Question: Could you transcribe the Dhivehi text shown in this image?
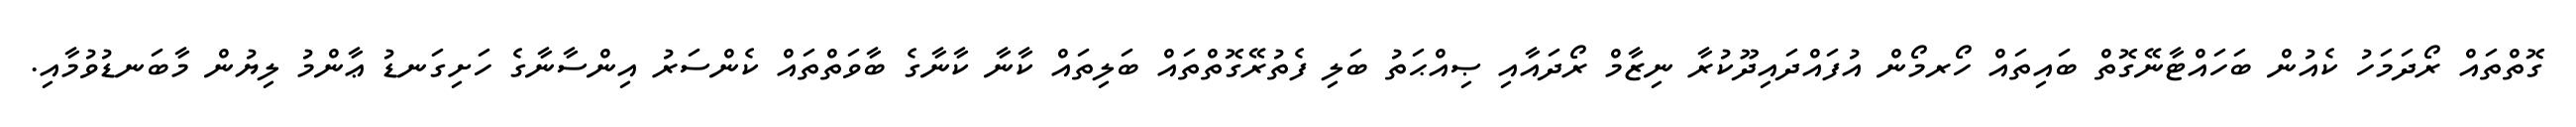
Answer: ގޮތްތައް ރޯދަމަހު ކެއުން ބަހައްޓާނޭގޮތް ބައިތައް ހޯރމޯން އުފައްދައިދޫކުރާ ނިޒާމް ރޯދައާއި ޞިއްޙަތު ބަލި ފެތުރޭގޮތްތައް ބަލިތައް ކާނާ ކާނާގެ ބާވަތްތައް ކެންސަރު އިންސާނާގެ ހަށިގަނޑު ޢާންމު ލިޔުން މާބަނޑުވުމާއި.